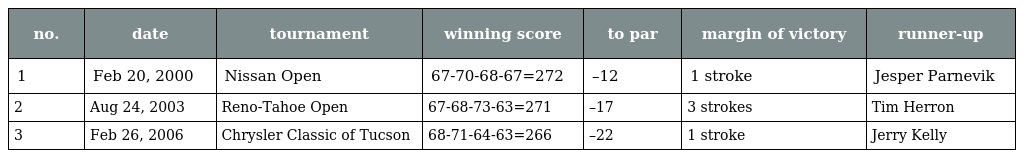
| no. | date | tournament | winning score | to par | margin of victory | runner-up |
 | --- | --- | --- | --- | --- | --- | --- |
 | 1 | Feb 20, 2000 | Nissan Open | 67-70-68-67=272 | –12 | 1 stroke | Jesper Parnevik |
 | 2 | Aug 24, 2003 | Reno-Tahoe Open | 67-68-73-63=271 | –17 | 3 strokes | Tim Herron |
 | 3 | Feb 26, 2006 | Chrysler Classic of Tucson | 68-71-64-63=266 | –22 | 1 stroke | Jerry Kelly |